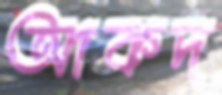
আকদ